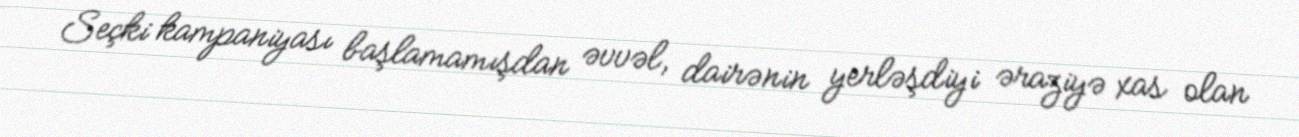
Seçki kampaniyası başlamamışdan əvvəl, dairənin yerləşdiyi əraziyə xas olan